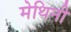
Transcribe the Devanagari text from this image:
मेथिनी